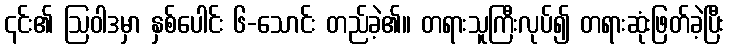
၎င်း၏ ဩဝါဒမှာ နှစ်ပေါင်း ၆-သောင်း တည်ခဲ့၏။ တရားသူကြီးလုပ်၍ တရားဆုံးဖြတ်ခဲ့ပြီး